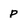
Character: p